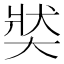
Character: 𡘾